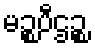
မဉ္စပီဌဉ္စ